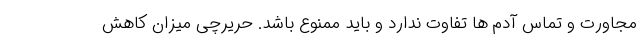
مجاورت و تماس آدم ها تفاوت ندارد و باید ممنوع باشد. حریرچی میزان کاهش